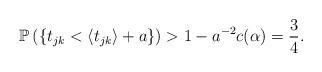
LaTeX: \begin{align*}\mathbb{P}\left({\{t_{jk}<\left<t_{jk}\right>+a\}}\right) >1- a^{-2}c(\alpha)=\frac{3}{4}.\end{align*}